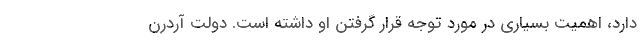
دارد، اهمیت بسیاری در مورد توجه قرار گرفتن او داشته است. دولت آردرن